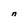
Character: n